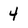
Character: 4